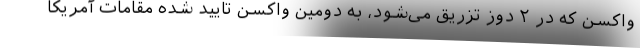
واکسن که در ۲ دوز تزریق می‌شود، به دومین واکسن تایید شده مقامات آمریکا